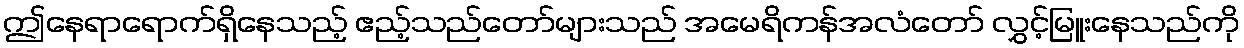
ဤနေရာရောက်ရှိနေသည့် ဧည့်သည်တော်များသည် အမေရိကန်အလံတော် လွှင့်မြူးနေသည်ကို